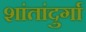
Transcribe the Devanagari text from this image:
शांतांदुर्गा